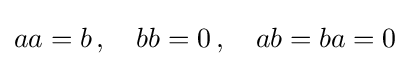
\textstyle aa=b\,,\quad bb=0\,,\quad ab=ba=0